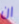
ان